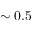
\sim 0 . 5